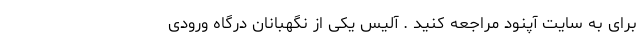
برای به سایت آپنود مراجعه کنید . آلیس یکی از نگهبانان درگاه ورودی